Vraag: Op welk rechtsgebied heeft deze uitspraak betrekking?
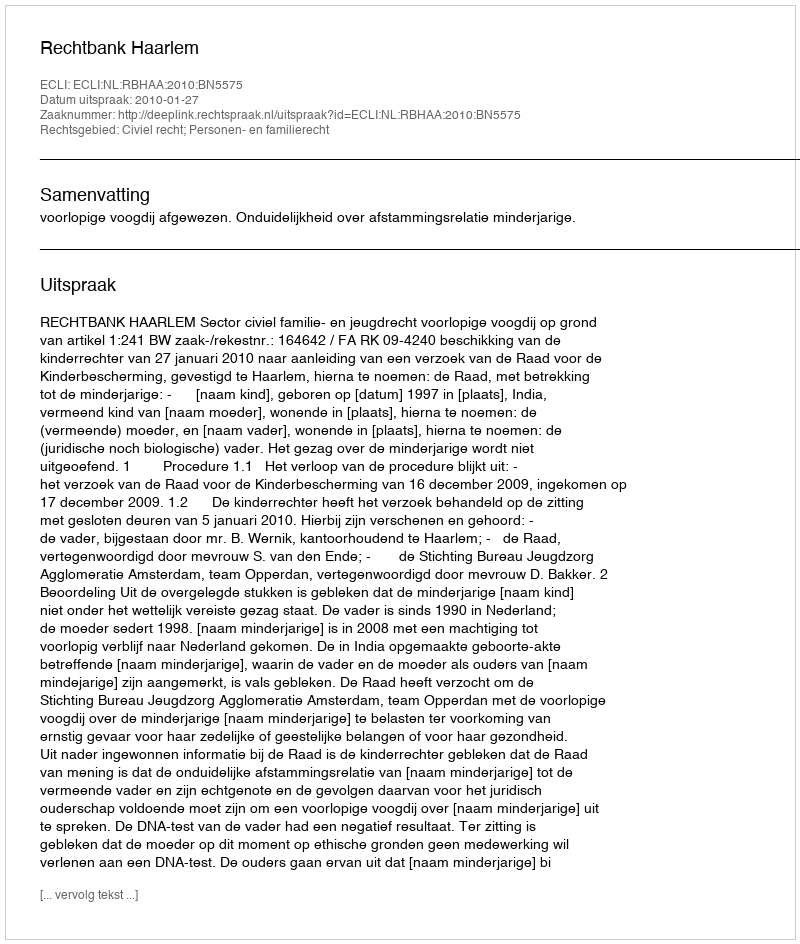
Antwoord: Civiel recht; Personen- en familierecht